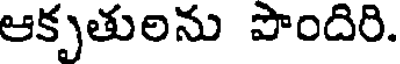
ఆకృతులను పొందిరి.